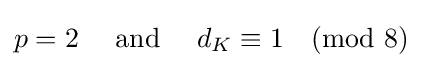
p=2\quad {\mbox{ and }}\quad d_{K}\equiv 1{\pmod {8}}